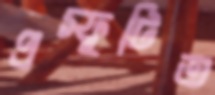
প্রস্ফুটিত